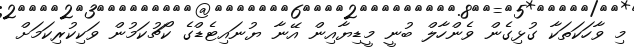
މި ވާހަކަތަކާ ގުޅިގެން ވެންހާލް ބުނީ މީޑިޔާއިން އޭނާ ޔުނައިޓެޑްގެ ކޯޗުކަމުން ވަކިކުރިކަމަށް